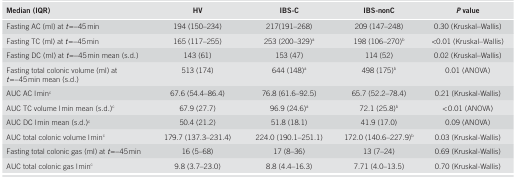
<table><thead><tr><td><b>Median (IQR)</b></td><td><b>HV</b></td><td><b>IBS-C</b></td><td><b>IBS-nonC</b></td><td><b><i>P</i>value</b></td></tr></thead><tbody><tr><td>Fasting AC (ml) at <i>t</i> =−45 min</td><td>194 (150–234)</td><td>217(191–268)</td><td>209 (147–248)</td><td>0.30 (Kruskal–Wallis)</td></tr><tr><td>Fasting TC (ml) at <i>t</i> =−45 min</td><td>165 (117–255)</td><td>253 (200–329)a</td><td>198 (106–270)b</td><td>&lt;0.01 (Kruskal–Wallis)</td></tr><tr><td>Fasting DC (ml) at <i>t</i> =−45 min mean (s.d.)</td><td>143 (61)</td><td>153 (47)</td><td>114 (52)</td><td>0.02 (Kruskal–Wallis)</td></tr><tr><td>Fasting total colonic volume (ml) at <i>t</i> =−45 min mean (s.d.)</td><td>513 (174)</td><td>644 (148)a</td><td>498 (175)b</td><td>0.01 (ANOVA)</td></tr><tr><td>AUC AC l minc</td><td>67.6 (54.4–86.4)</td><td>76.8 (61.6–92.5)</td><td>65.7 (52.2–78.4)</td><td>0.21 (Kruskal-Wallis)</td></tr><tr><td>AUC TC volume l min mean (s.d.)c</td><td>67.9 (27.7)</td><td>96.9 (24.6)a</td><td>72.1 (25.8)b</td><td>&lt; 0.01 (ANOVA)</td></tr><tr><td>AUC DC l min mean (s.d.)c</td><td>50.4 (21.2)</td><td>51.8 (18.1)</td><td>41.9 (17.0)</td><td>0.09 (ANOVA)</td></tr><tr><td>AUC total colonic volume l minc</td><td>179.7 (137.3–231.4)</td><td>224.0 (190.1–251.1)</td><td>172.0 (140.6–227.9)b</td><td>0.03 (Kruskal-Wallis)</td></tr><tr><td>Fasting total colonic gas (ml) at <i>t</i> =−45 min</td><td>16 (5–68)</td><td>17 (8–36)</td><td>13 (7–24)</td><td>0.69 (Kruskal-Wallis)</td></tr><tr><td>AUC total colonic gas l minc</td><td>9.8 (3.7–23.0)</td><td>8.8 (4.4–16.3)</td><td>7.71 (4.0–13.5)</td><td>0.70 (Kruskal-Wallis)</td></tr></tbody></table>